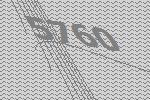
5760